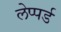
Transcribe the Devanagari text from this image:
लेप्पर्ड